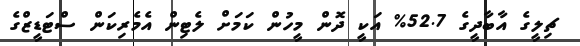
ޗިލީގެ އާބާދީގެ 52.7% އަކީ ދޮން މީހުން ކަމަށް ލެޓިން އެމެރިކަން ސްޓަޑީޒްގެ